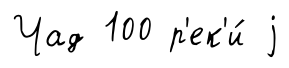
Чад 100 р'ек'и́ j